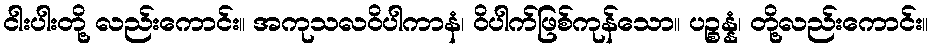
ငါးပါးတို့ လည်းကောင်း။ အကုသလဝိပါကာနံ၊ ဝိပါက်ဖြစ်ကုန်သော။ ပဉ္စန္နံ၊ တို့လည်းကောင်း။